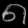
Digit: ၈